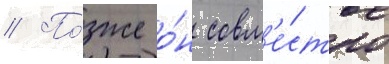
// По́зже о́н совм'е́стно